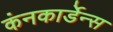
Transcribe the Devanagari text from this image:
कंनकार्डेन्स